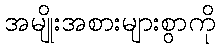
အမျိုးအစားများစွာကို